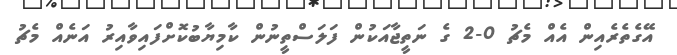
އޭގެތެރެއިން އެއް މެޗު 0-2 ގެ ނަތީޖާއަކުން ފަލަސްތީނުން ކާމިޔާބުކޮށްފައިވާއިރު އަނެއް މެޗު